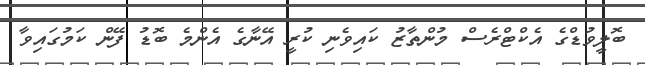
ބޮލީވުޑްގެ އެކްޓްރެސް މުންތާޒު ކައިވެނި ކުރީ އޭނާގެ އެންމެ ބޮޑު ފޭން ކަމުގައިވާ